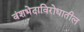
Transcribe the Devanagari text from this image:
वंशभेदाविरोधातील